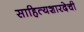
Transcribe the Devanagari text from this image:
साहित्यशारदेची